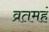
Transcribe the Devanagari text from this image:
व्रतमहं